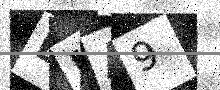
Text: ELA9